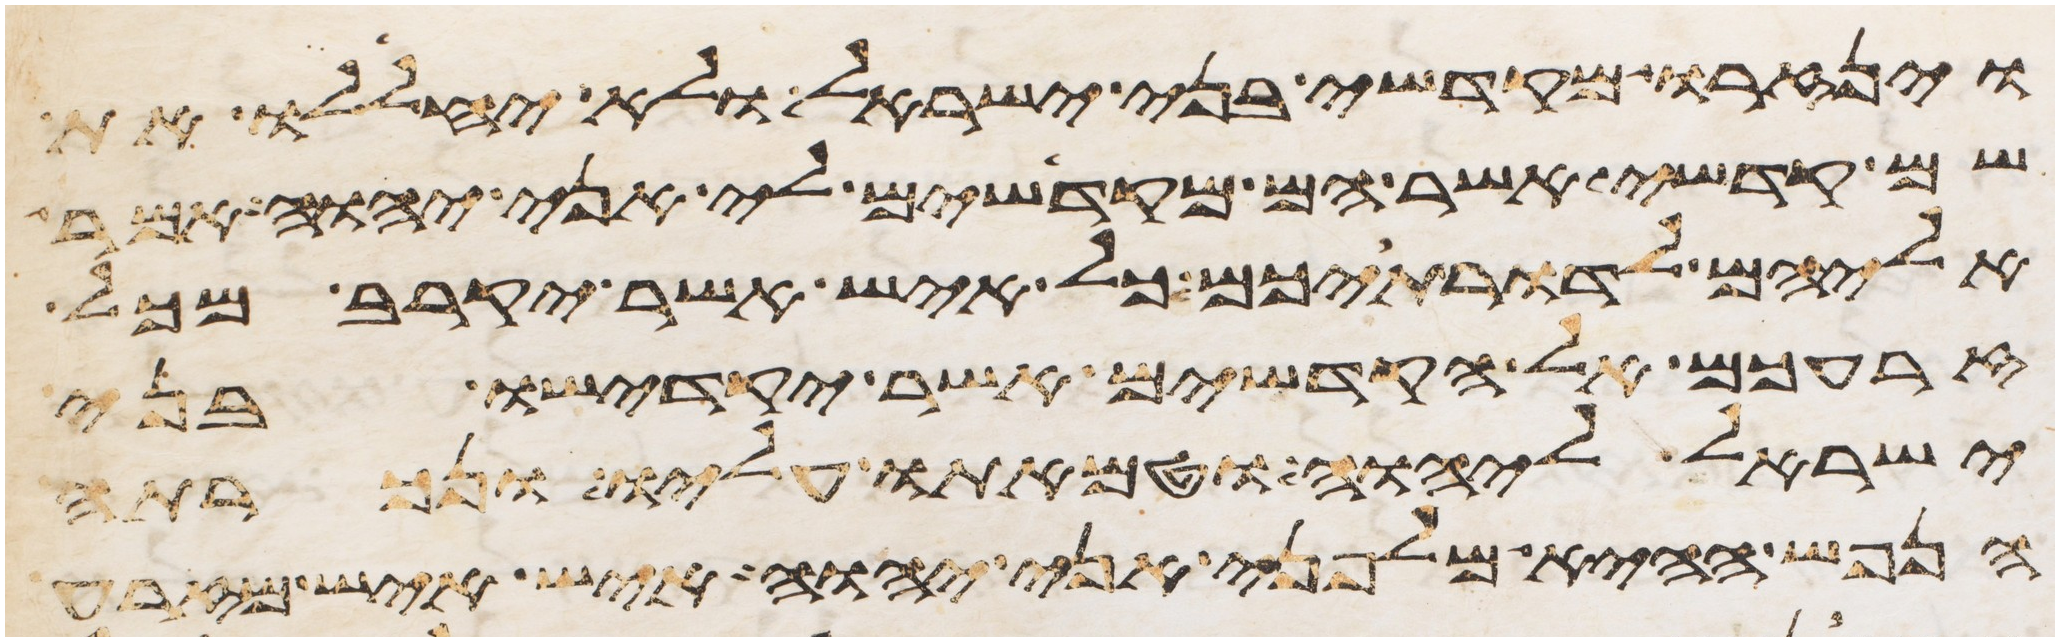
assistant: וינזרו מקדשי בני ישראל ולא יחללו את
שם קדשי אשר הם מקדישים לי אני יהוה אמר
אליהם לדרתיכם כל איש אשר יקרב מכל
זרעכם אל הקדשים אשר יקדישו בני
ישראל ליהוה וטמאתו עליו ונכרתה
הנפש ההיא מלפני אני יהוה איש איש מזרע